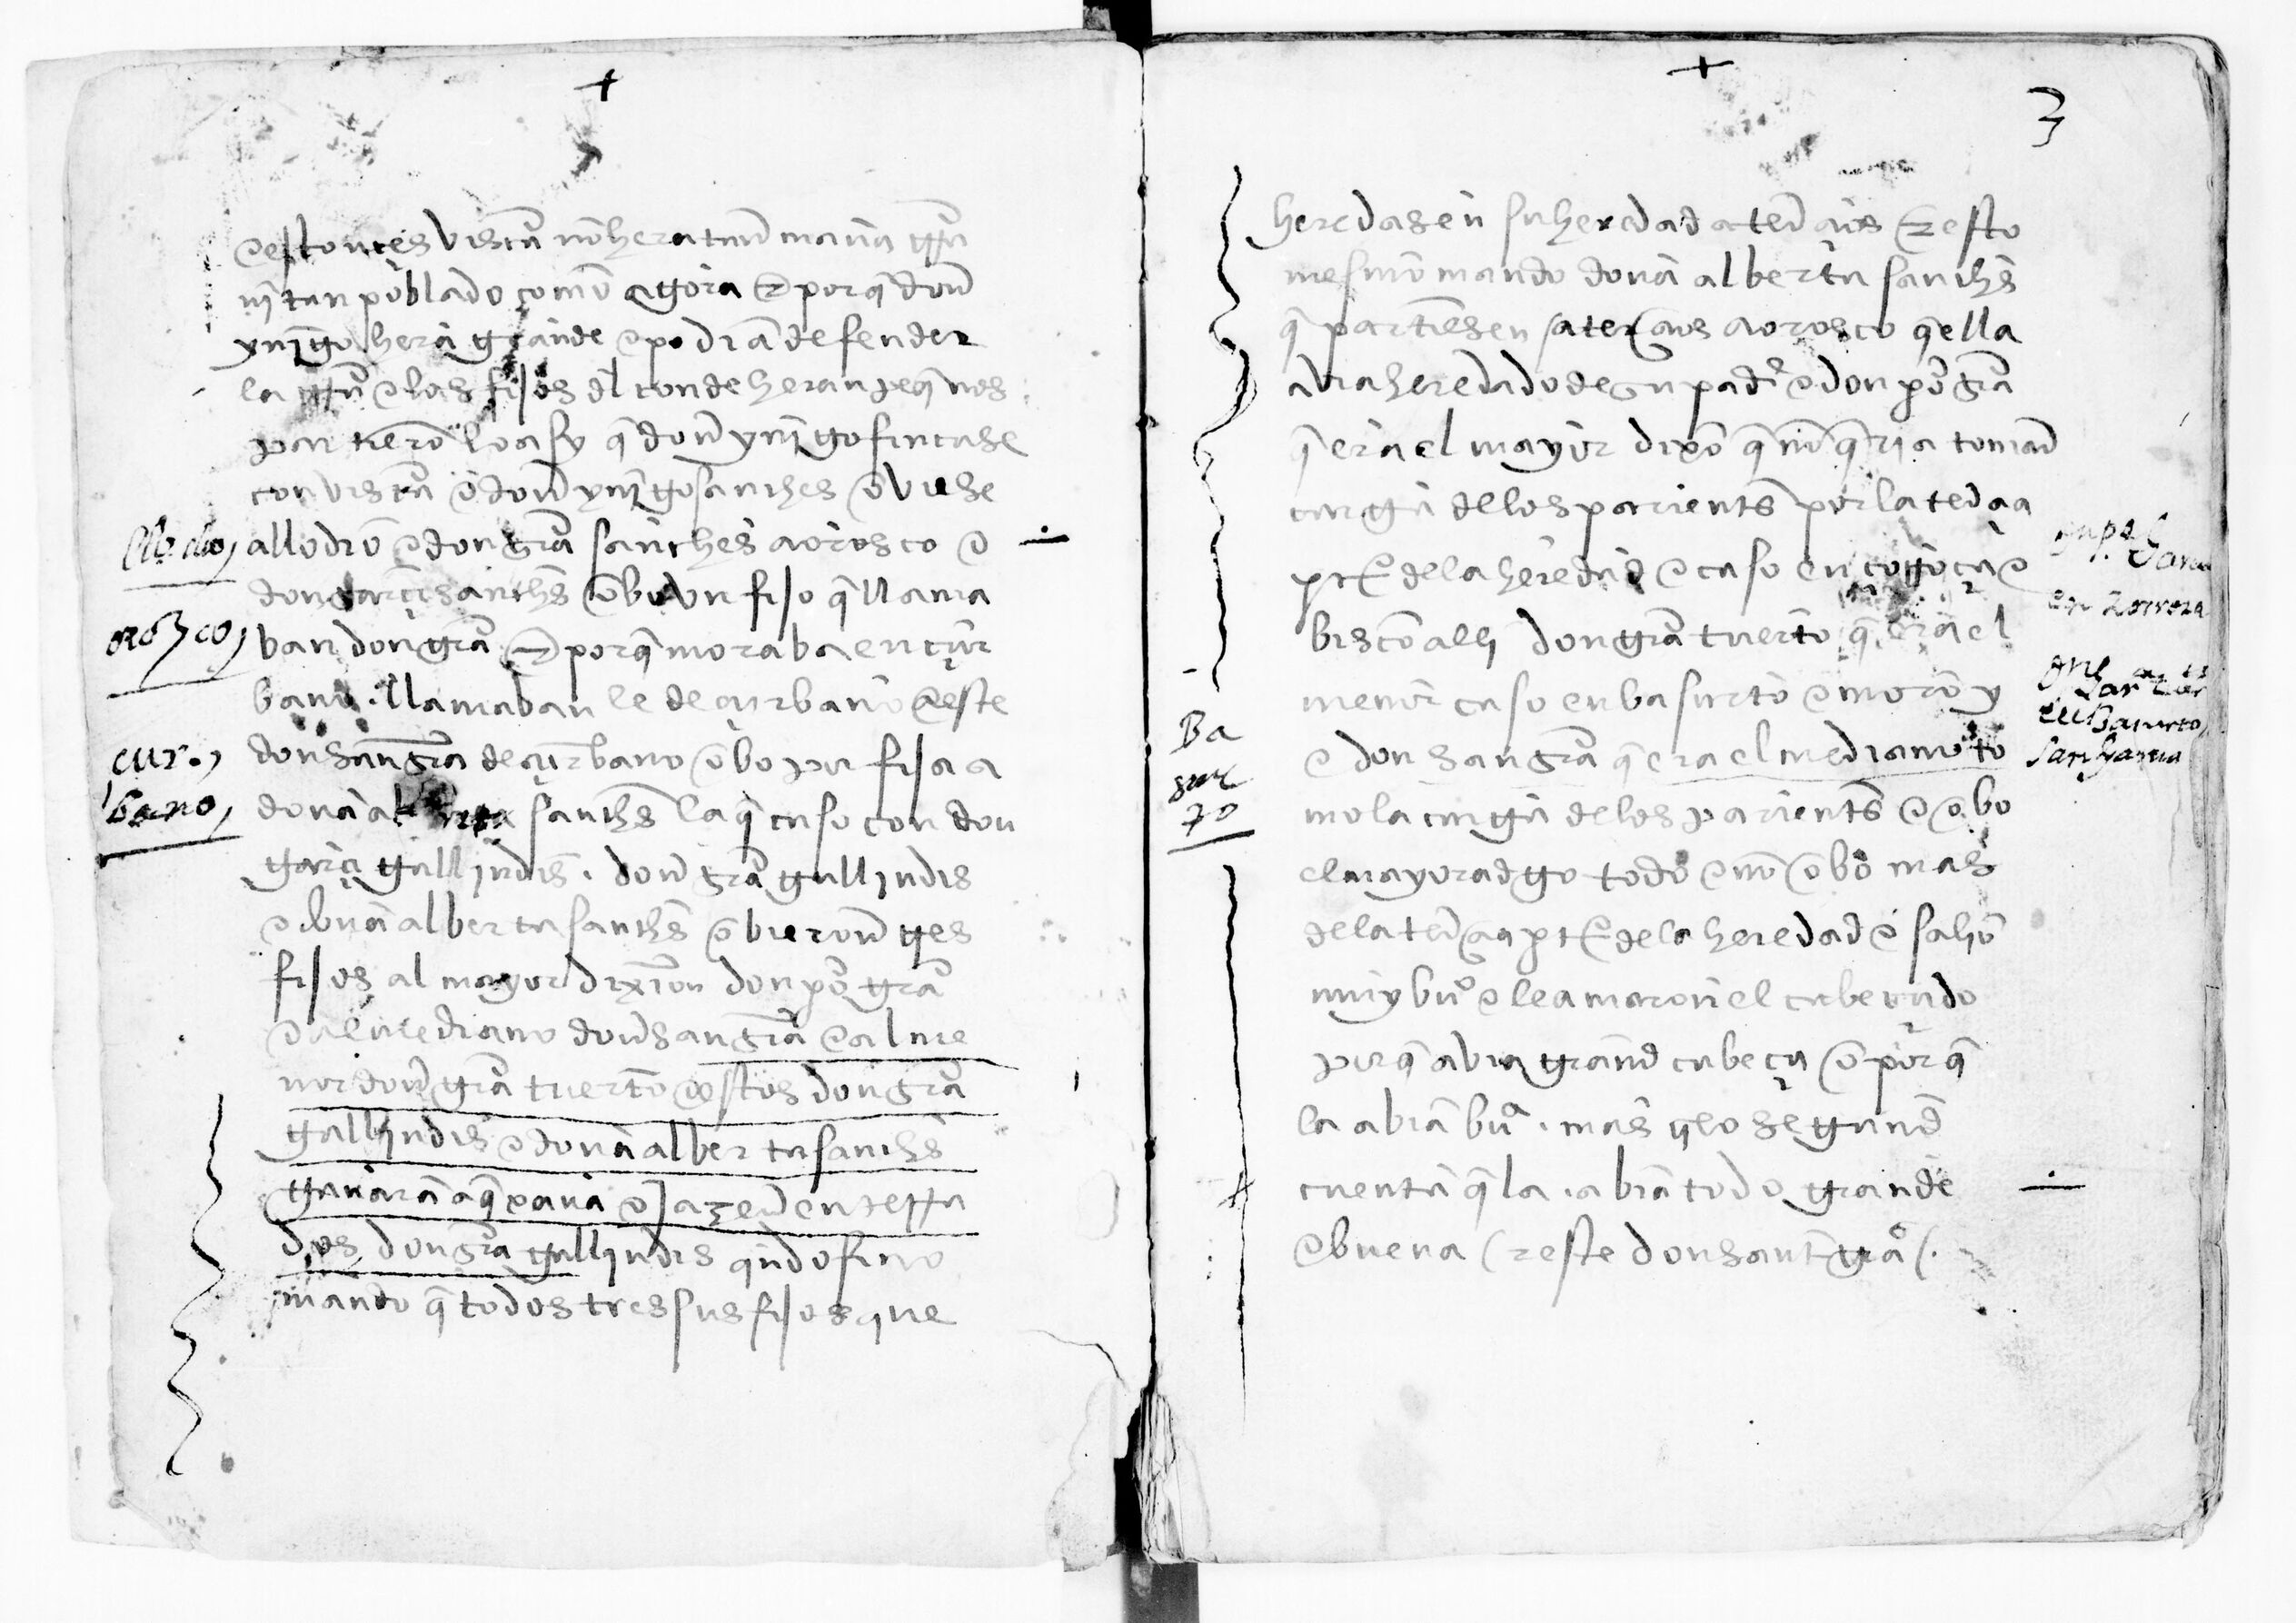
Shelfmark: Paris, BnF, esp. 285
Century: 15